Indian journal of veterinary science and animal husbandry - Volumes 24-25, 1954-1955
Year: 1954
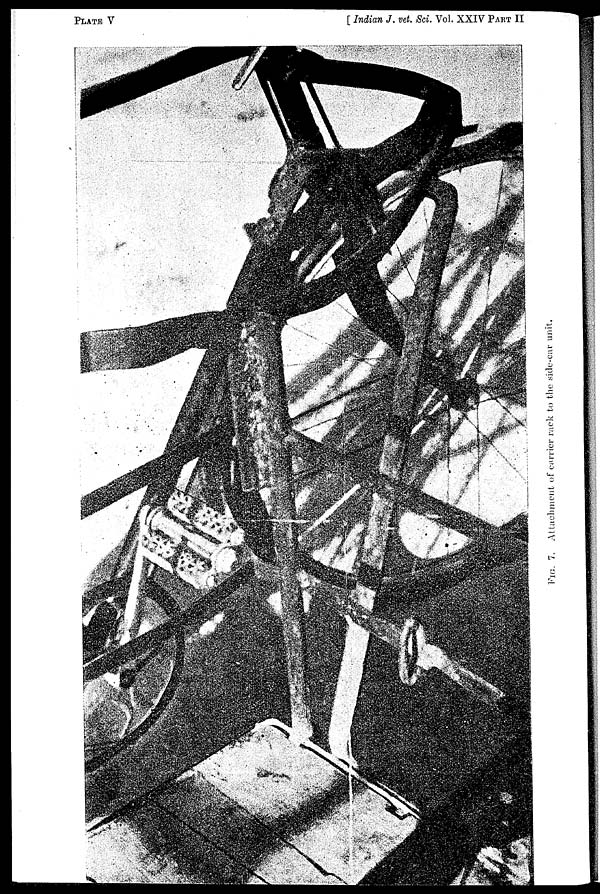
PLATE V
[Indian J. vet. Sci. Vol. XXIV PART II